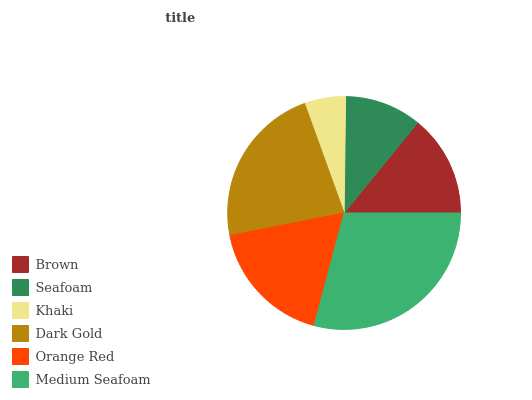
| Brown | Seafoam | Khaki | Dark Gold | Orange Red | Medium Seafoam |
 | --- | --- | --- | --- | --- | --- |
 | 14.1% | 10.7% | 5.71% | 22.6% | 17.8% | 29.1% |